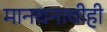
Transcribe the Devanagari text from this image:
मानधनाचीही